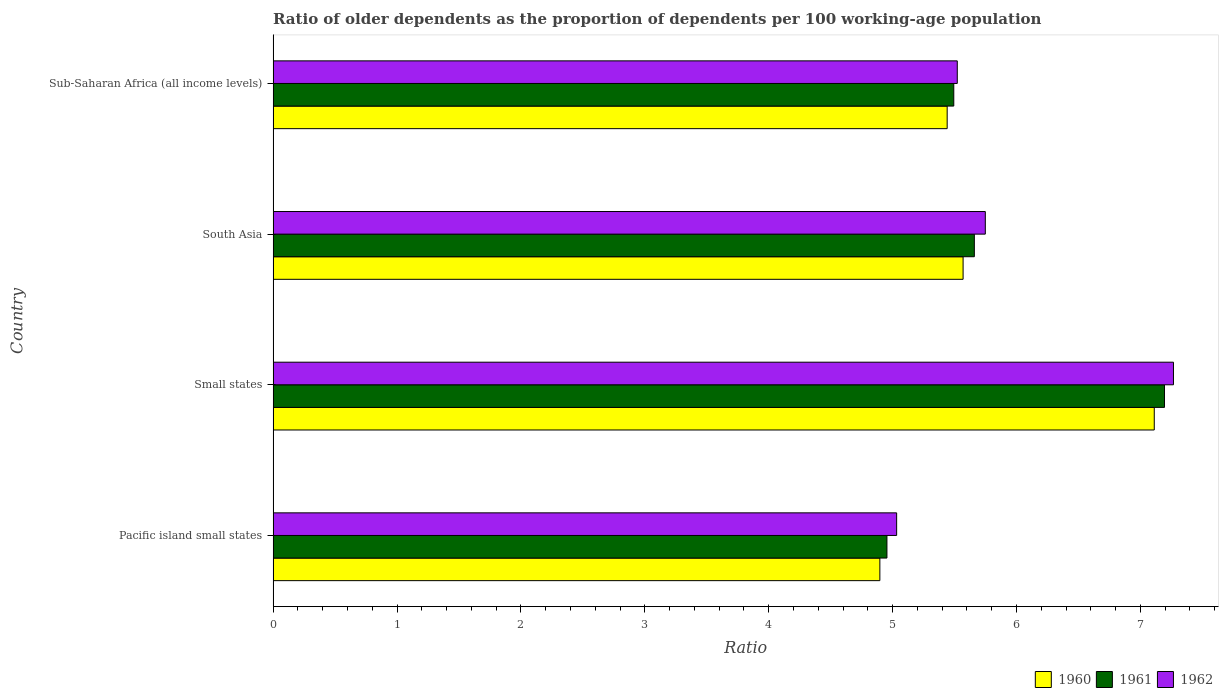
| Country | 1960 | 1961 | 1962 |
 | --- | --- | --- | --- |
 | Pacific island small states | 4.9 | 4.95 | 5.03 |
 | Small states | 7.11 | 7.19 | 7.27 |
 | South Asia | 5.57 | 5.66 | 5.75 |
 | Sub-Saharan Africa (all income levels) | 5.44 | 5.49 | 5.52 |